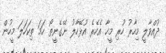
ދުއްވާލީ މިހާރު ހުރި މީހާ އެހެރެ އުޅޭހާލު ނޭގެނީތޯ ހަމަ ތިކަހަލަ މީހުން